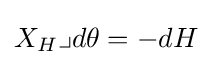
X_{H}\lrcorner d\theta =-dH